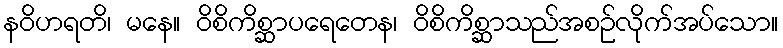
နဝိဟရတိ၊ မနေ။ ဝိစိကိစ္ဆာပရေတေန၊ ဝိစိကိစ္ဆာသည်အစဉ်လိုက်အပ်သော။